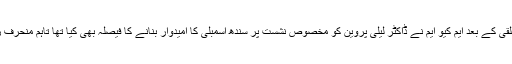
خاتون رکن اسمبلی ارم عظیم فاروقی کی لاتعلقی کے بعد ایم کیو ایم نے ڈاکٹر لیلیٰ پروین کو مخصوص نشست پر سندھ اسمبلی کا امیدوار بنانے کا فیصلہ بھی کیا تھا تاہم منحرف رکن نے اپنی نشست سے استعفیٰ نہیں دیا تھا۔